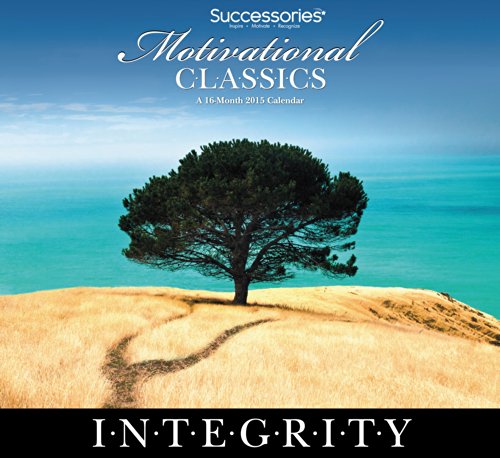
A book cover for Motivational Classics Wall Calendar (2015); Day Dream; Calendars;